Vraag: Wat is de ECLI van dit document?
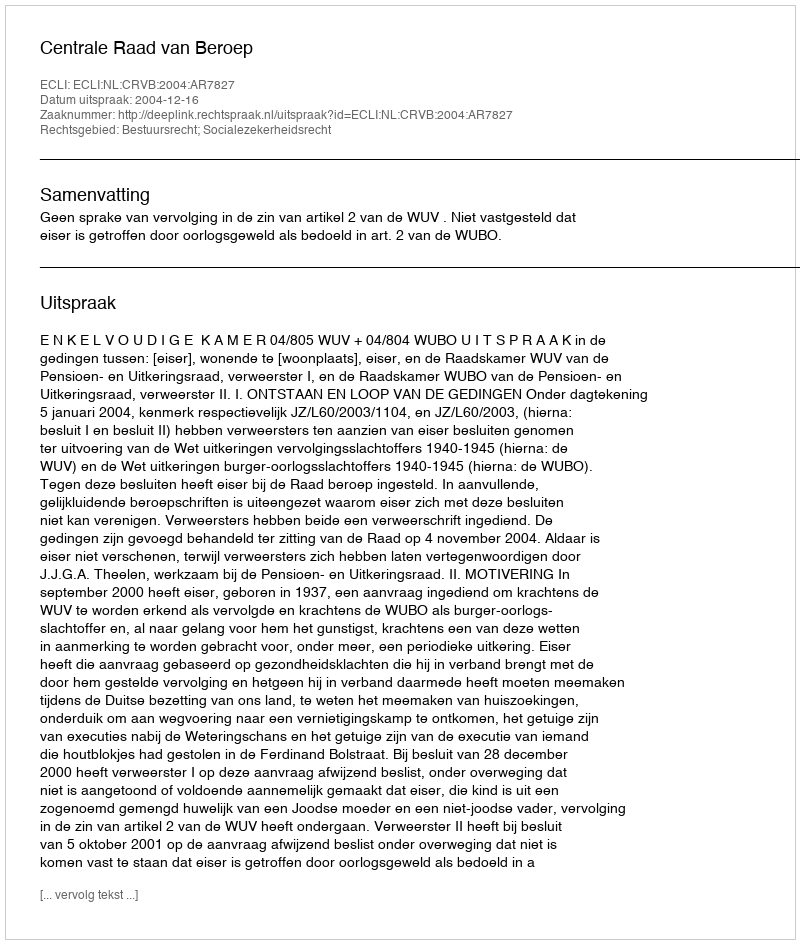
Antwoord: ECLI:NL:CRVB:2004:AR7827